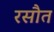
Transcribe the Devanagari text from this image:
रसौत